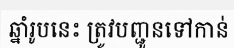
ឆ្នាំរូបនេះ ត្រូវបញ្ជូនទៅកាន់